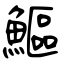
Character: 鰸